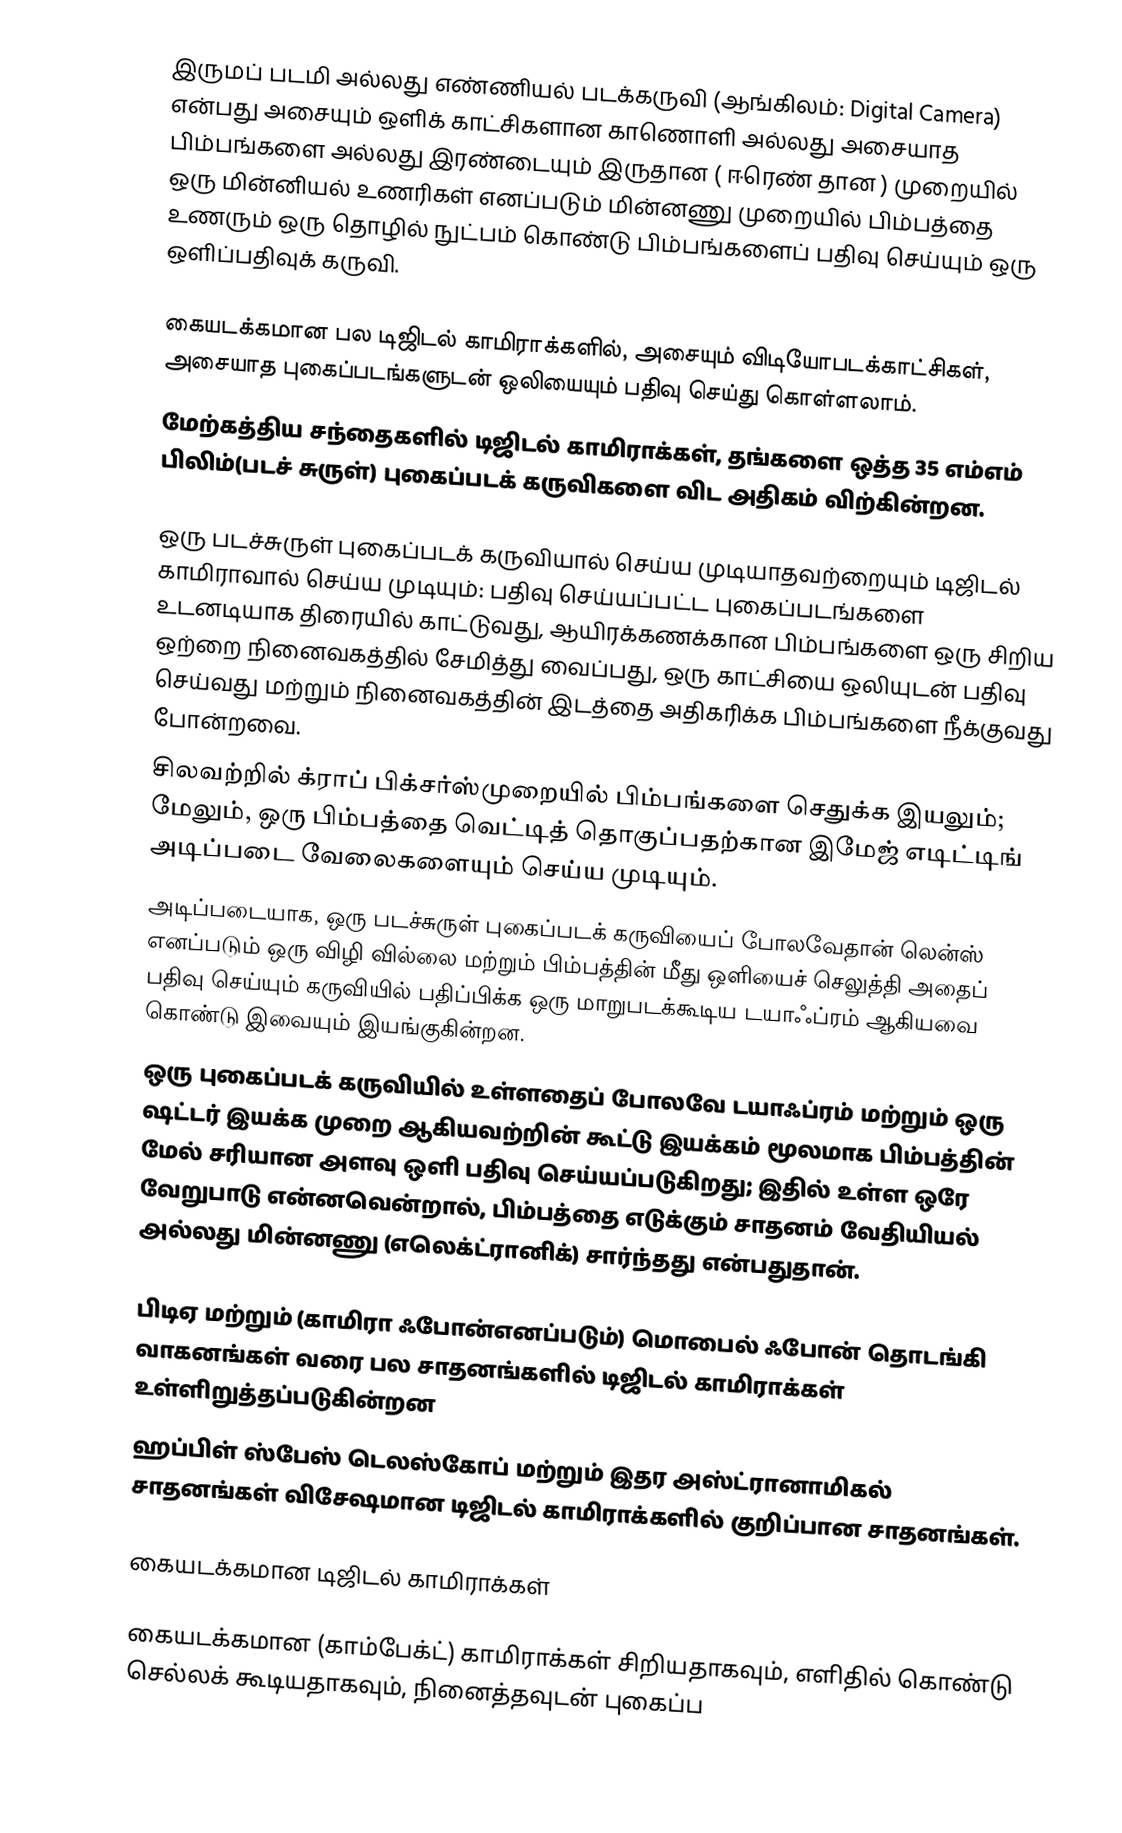
இருமப் படமி அல்லது எண்ணியல் படக்கருவி (ஆங்கிலம்: Digital Camera) என்பது அசையும் ஒளிக் காட்சிகளான காணொளி அல்லது அசையாத பிம்பங்களை அல்லது இரண்டையும் இருதான ( ஈரெண் தான ) முறையில் ஒரு மின்னியல் உணரிகள் எனப்படும் மின்னணு முறையில் பிம்பத்தை உணரும் ஒரு தொழில் நுட்பம் கொண்டு பிம்பங்களைப் பதிவு செய்யும் ஒரு ஒளிப்பதிவுக் கருவி.

கையடக்கமான பல டிஜிடல் காமிராக்களில், அசையும் விடியோபடக்காட்சிகள், அசையாத புகைப்படங்களுடன் ஒலியையும் பதிவு செய்து கொள்ளலாம்.
மேற்கத்திய சந்தைகளில் டிஜிடல் காமிராக்கள், தங்களை ஒத்த 35 எம்எம் பிலிம்(படச் சுருள்) புகைப்படக் கருவிகளை விட அதிகம் விற்கின்றன.

ஒரு படச்சுருள் புகைப்படக் கருவியால் செய்ய முடியாதவற்றையும் டிஜிடல் காமிராவால் செய்ய முடியும்: பதிவு செய்யப்பட்ட புகைப்படங்களை உடனடியாக திரையில் காட்டுவது, ஆயிரக்கணக்கான பிம்பங்களை ஒரு சிறிய ஒற்றை நினைவகத்தில் சேமித்து வைப்பது,  ஒரு காட்சியை ஒலியுடன் பதிவு செய்வது மற்றும் நினைவகத்தின் இடத்தை அதிகரிக்க பிம்பங்களை நீக்குவது போன்றவை.
சிலவற்றில் க்ராப் பிக்சர்ஸ்முறையில் பிம்பங்களை செதுக்க இயலும்; மேலும், ஒரு பிம்பத்தை வெட்டித் தொகுப்பதற்கான இமேஜ் எடிட்டிங் அடிப்படை வேலைகளையும் செய்ய முடியும்.
அடிப்படையாக, ஒரு படச்சுருள் புகைப்படக் கருவியைப் போலவேதான் லென்ஸ் எனப்படும் ஒரு விழி வில்லை மற்றும் பிம்பத்தின் மீது ஒளியைச் செலுத்தி அதைப் பதிவு செய்யும் கருவியில் பதிப்பிக்க ஒரு மாறுபடக்கூடிய டயாஃப்ரம் ஆகியவை கொண்டு இவையும்  இயங்குகின்றன.
ஒரு புகைப்படக் கருவியில் உள்ளதைப் போலவே டயாஃப்ரம் மற்றும் ஒரு ஷட்டர் இயக்க முறை ஆகியவற்றின் கூட்டு இயக்கம் மூலமாக பிம்பத்தின் மேல் சரியான அளவு ஒளி பதிவு செய்யப்படுகிறது; இதில் உள்ள ஒரே வேறுபாடு என்னவென்றால், பிம்பத்தை எடுக்கும் சாதனம் வேதியியல் அல்லது மின்னணு (எலெக்ட்ரானிக்) சார்ந்தது என்பதுதான்.

பிடிஏ மற்றும் (காமிரா ஃபோன்எனப்படும்) மொபைல் ஃபோன் தொடங்கி வாகனங்கள் வரை பல சாதனங்களில் டிஜிடல் காமிராக்கள் உள்ளிறுத்தப்படுகின்றன
ஹப்பிள் ஸ்பேஸ் டெலஸ்கோப் மற்றும் இதர அஸ்ட்ரானாமிகல் சாதனங்கள் விசேஷமான டிஜிடல் காமிராக்களில் குறிப்பான சாதனங்கள்.

கையடக்கமான டிஜிடல் காமிராக்கள்

கையடக்கமான (காம்பேக்ட்) காமிராக்கள் சிறியதாகவும், எளிதில் கொண்டு செல்லக் கூடியதாகவும், நினைத்தவுடன் புகைப்ப